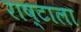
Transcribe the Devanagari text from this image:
राष्टाला